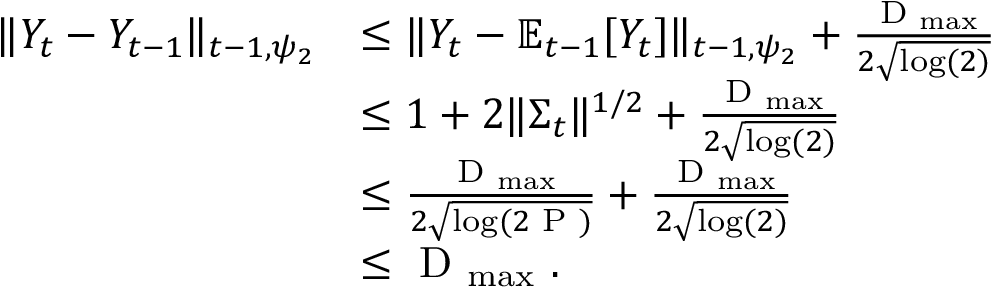
\begin{array} { r l } { \Vert Y _ { t } - Y _ { t - 1 } \Vert _ { t - 1 , \psi _ { 2 } } } & { \leq \Vert Y _ { t } - \mathbb E _ { t - 1 } [ Y _ { t } ] \Vert _ { t - 1 , \psi _ { 2 } } + \frac { \textrm { D } _ { \operatorname* { m a x } } } { 2 \sqrt { \log ( 2 ) } } } \\ & { \leq 1 + 2 \Vert \Sigma _ { t } \Vert ^ { 1 / 2 } + \frac { \textrm { D } _ { \operatorname* { m a x } } } { 2 \sqrt { \log ( 2 ) } } } \\ & { \leq \frac { \textrm { D } _ { \operatorname* { m a x } } } { 2 \sqrt { \log ( 2 \textrm { P } ) } } + \frac { \textrm { D } _ { \operatorname* { m a x } } } { 2 \sqrt { \log ( 2 ) } } } \\ & { \le \textrm { D } _ { \operatorname* { m a x } } ~ . } \end{array}